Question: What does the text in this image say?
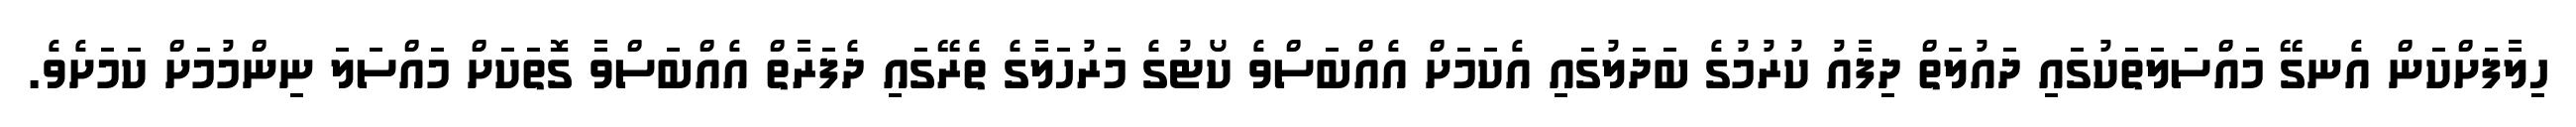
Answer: ހިލާފަށްކަން އެނގޭ މައްސަލަތަކުގައި ދައުލަތް ދިފާއު ކުރުމުގެ ބަދަލުގައި އެކަމަށް އެއްބަސްވެ ކޯޓުގެ މަރުހަލާގެ ތެރޭގައި ދެފަރާތް އެއްބަސްވާ ގޮތަކަށް މައްސަލަ ނިންމުމަށް ކަމަށެވެ.